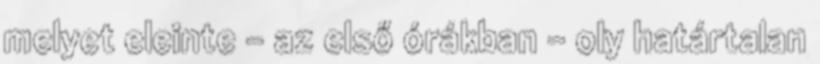
melyet eleinte – az első órákban – oly határtalan